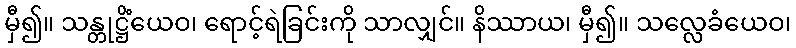
မှီ၍။ သန္တုဋ္ဌိံယေဝ၊ ရောင့်ရဲခြင်းကို သာလျှင်။ နိဿာယ၊ မှီ၍။ သလ္လေခံယေဝ၊